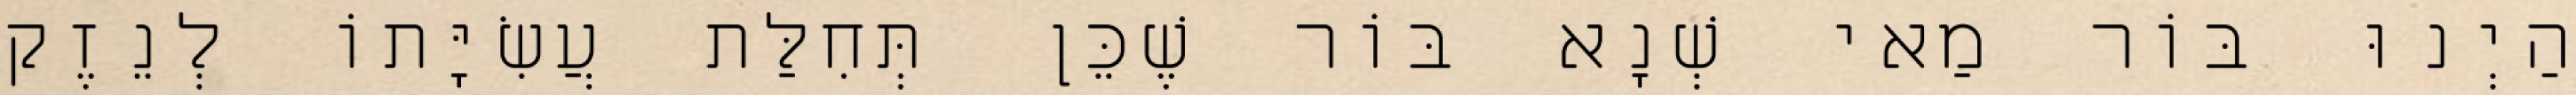
הַיְנוּ בּוֹר מַאי שְׁנָא בּוֹר שֶׁכֵּן תְּחִלַּת עֲשִׂיָּתוֹ לְנֵזֶק